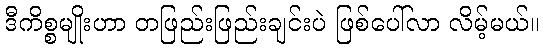
ဒီကိစ္စမျိုးဟာ တဖြည်းဖြည်းချင်းပဲ ဖြစ်ပေါ်လာ လိမ့်မယ်။